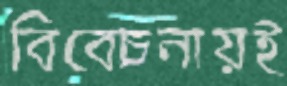
বিবেচনায়ই